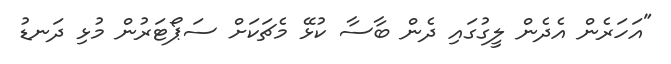
"އަހަރެން އެދެން ލީގުގައި ދެން ބާސާ ކުޅޭ މެޗަކަށް ސަޕޯޓަރުން މުޅި ދަނޑު